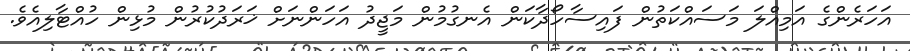
އަހަރެންގެ އަމިއްލަ މަސައްކަތުން ފައިސާހޯދާކަން އެނގުމުން މަޖީދު އަހަންނަށް ޚަރަދުކުރުން މުޅިން ހުއްޓާލިއެވެ.